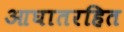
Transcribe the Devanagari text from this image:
आघातरहित